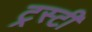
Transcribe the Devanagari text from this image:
ट्रस्‍टी